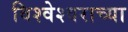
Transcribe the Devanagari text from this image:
विश्वेश्वराच्या